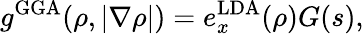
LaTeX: g^{\mathrm{GGA}}(\rho,|\nabla\rho|)=e_{x}^{\mathrm{LDA}}(\rho)G(s),